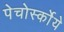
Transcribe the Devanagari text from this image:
पेचोर्स्कोये